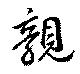
親